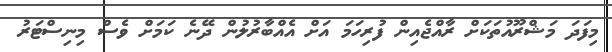
މިފަދަ މަޝްރޫއުތަކަށް ރާއްޖެއިން ފުރިހަމަ އަށް އެއްބާރުލުން ދޭނެ ކަމަށް ވެސް މިނިސްޓަރު